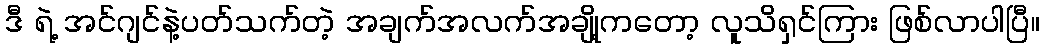
ဒီ ရဲ့ အင်ဂျင်နဲ့ပတ်သက်တဲ့ အချက်အလက်အချို့ကတော့ လူသိရှင်ကြား ဖြစ်လာပါပြီ။